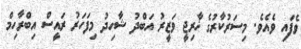
ވެފައި ވެއެވެ. މިސަރުކާރުގެ ޚާރިޖީ ވަޒީރު އަބްދު ޝާހިދު މިފަހަރު ރައީސް އިބްރާހިމް